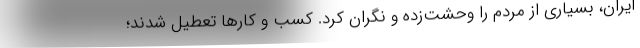
ایران، بسیاری از مردم را وحشت­زده و نگران کرد. کسب و کارها تعطیل شدند؛